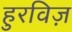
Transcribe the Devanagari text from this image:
हुरविज़